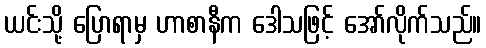
ယင်းသို့ ပြောရာမှ ဟာစာနီက ဒေါသဖြင့် အော်လိုက်သည်။